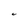
Character: C